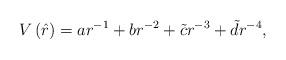
LaTeX: \begin{align*}V\left( \hat{r}\right) =ar^{-1}+br^{-2}+\tilde{c}r^{-3}+\tilde{d}r^{-4},\end{align*}